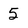
Character: 5